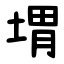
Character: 㙕